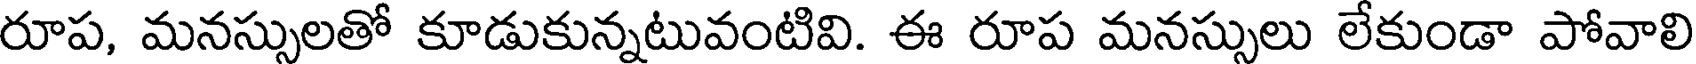
రూప, మనస్సులతో కూడుకున్నటువంటివి. ఈ రూప మనస్సులు లేకుండా పోవాలి